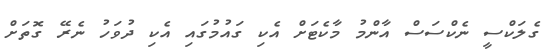
ގެލަކްސީ ނެކްސަސް އާންމު މާކެޓަށް އެކި ގައުމުގައި އެކި ދުވަހު ނެރޭ ގޮތަށް